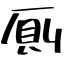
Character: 厠